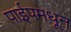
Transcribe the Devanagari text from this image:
पाईपमधून